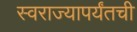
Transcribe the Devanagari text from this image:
स्वराज्यापर्यंतची